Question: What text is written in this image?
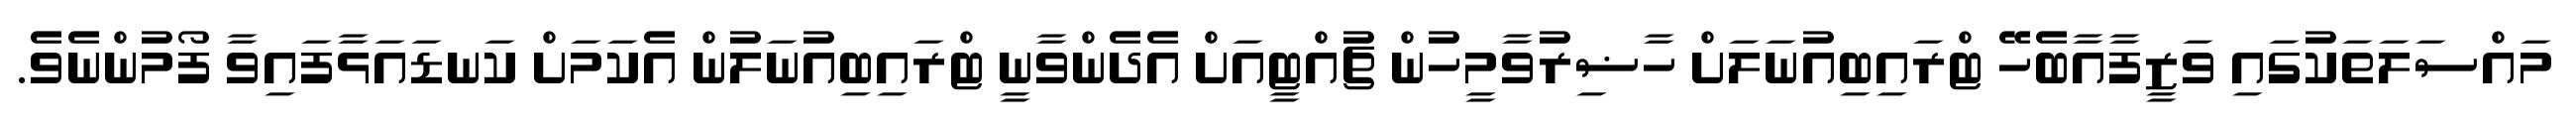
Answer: މައްސަލަތަކުގައި ވަޒީފާއާބެހޭ ޓްރައިބިއުނަލަށް ހާޟިރުވާމީހުން ޗުއްޓީއަށް އެދެންވާނީ ޓްރައިބިއުނަލުން އެކަމަށް ކަނޑައަޅާފައިވާ ފޯމުންނެވެ.